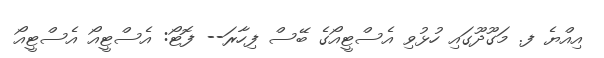
އިއްޔެ ފ. މަގޫދޫގައި ހުޅުވި އެސްޓީއޯގެ ބޭސް ފިހާރަ-- ފޮޓޯ: އެސްޓީއޯ އެސްޓީއޯ